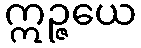
ဣဉ္ဇယေ